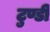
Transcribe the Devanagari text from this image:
टुण्डी